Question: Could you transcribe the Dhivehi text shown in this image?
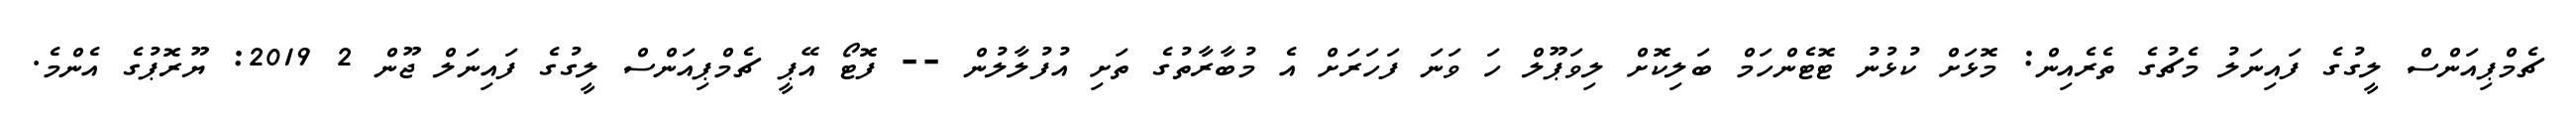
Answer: ޗެމްޕިއަންސް ލީގުގެ ފައިނަލު މެޗުގެ ތެރެއިން: މޮޅަށް ކުޅުނު ޓޮޓެންހަމް ބަލިކޮށް ލިވަޕޫލް ހަ ވަނަ ފަހަރަށް އެ މުބާރާތުގެ ތަށި އުފުލާލުން -- ފޮޓޯ އޭޕީ ޗެމްޕިއަންސް ލީގުގެ ފައިނަލް ޖޫން 2 2019: ޔޫރޮޕުގެ އެންމެ.